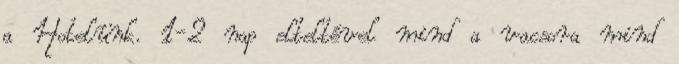
a Hotelünk. 1-2 nap elteltével mind a vacsora mind